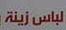
لباس